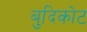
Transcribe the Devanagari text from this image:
बुदिकोट